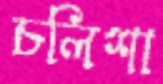
চলিশা